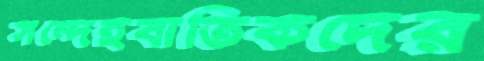
সন্দেহবাতিকদের